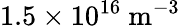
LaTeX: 1.5\times 10^{16}\ \mathrm{m^{-3}}